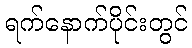
ရက်နောက်ပိုင်းတွင်